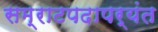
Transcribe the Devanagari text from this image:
सम्राटपदापर्यंत